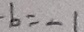
- b = - 1